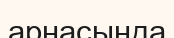
арнасында